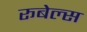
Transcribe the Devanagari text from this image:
रूबेल्स